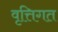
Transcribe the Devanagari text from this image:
वृत्तिगत